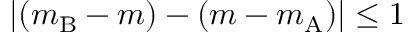
| ( m _ { \mathrm { B } } - m ) - ( m - m _ { \mathrm { A } } ) | \leq 1